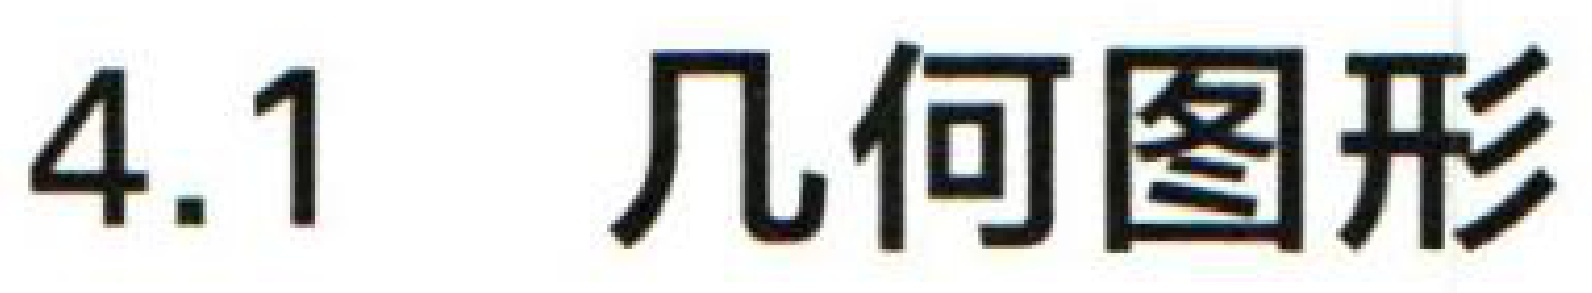
4.1 几何图形